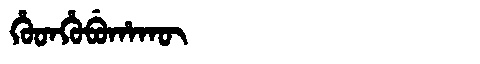
Manchu: ᡥᡠᡨᡥᡠᠪᡠᡥᠠᡴᡡ
Romanization: HUTHUBUHAKŪ